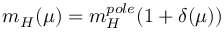
m _ { H } ( \mu ) = m _ { H } ^ { p o l e } ( 1 + \delta ( \mu ) )